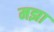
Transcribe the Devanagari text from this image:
मझा